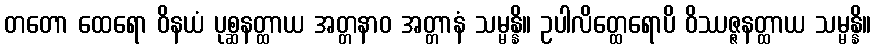
တတော ထေရော ဝိနယံ ပုစ္ဆနတ္ထာယ အတ္တနာဝ အတ္တာနံ သမ္မန္နိ။ ဥပါလိတ္ထေရောပိ ဝိဿဇ္ဇနတ္ထာယ သမ္မန္နိ။